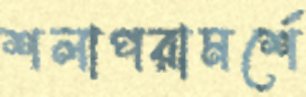
শলাপরামর্শে